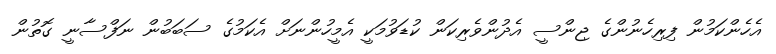
އެހެންކަމުން ފިރިހެނުންގެ ޖިންސީ އެދުންވެރިކަން ކުޑަވުމަކީ އެމީހުންނަށް އެކަމުގެ ސަބަބުން ނަފްސާނީ ގޮތުން